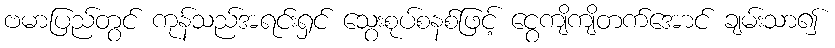
ဗမာပြည်တွင် ကုန်သည်အရင်းရှင် သွေးစုပ်စနစ်ဖြင့် ငွေကျိကျိတက်အောင် ချမ်းသာ၍